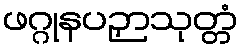
ဖဂ္ဂုနပဉှာသုတ္တံ